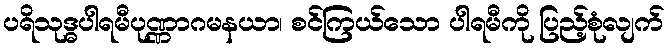
ပရိသုဒ္ဓပါရမီပုဏ္ဏာဂမနယာ၊ စင်ကြယ်သော ပါရမီကို ပြည့်စုံလျက်